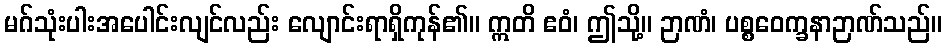
မဂ်သုံးပါးအပေါင်းလျင်လည်း လျောင်းရာရှိကုန်၏။ ဣတိ ဧဝံ၊ ဤသို့။ ဉာဏံ၊ ပစ္စဝေက္ခနာဉာဏ်သည်။